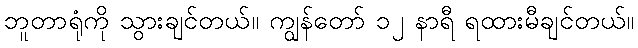
ဘူတာရုံကို သွားချင်တယ်။ ကျွန်တော် ၁၂ နာရီ ရထားမီချင်တယ်။